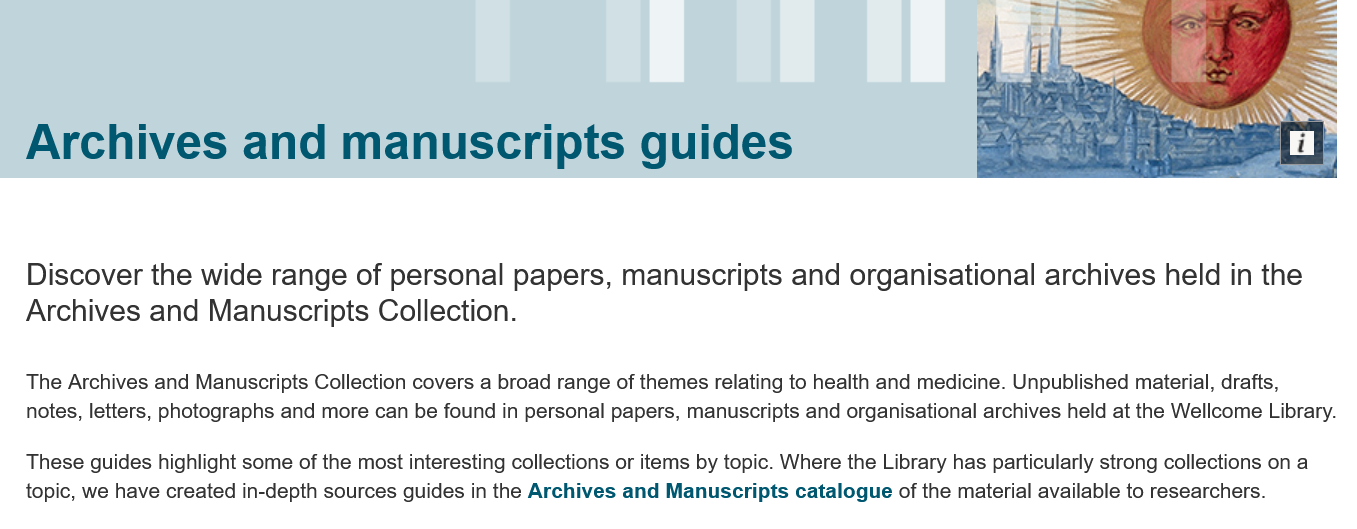
Archives    and    manuscripts    guides
   Discover  the   wide   range   of personal    papers,   manuscripts    and  organisational    archives    held  in the
   Archives    and  Manuscripts    Collection.
   The Archives and Manuscripts Collection covers a broad range of themes relating to health and medicine. Unpublished material, drafts,
   notes, letters, photographs and more can be found in personal papers, manuscripts and organisational archives held at the Wellcome Library.
   These guides highlight some of the most interesting collections or items by topic. Where the Library has particularly strong collections on a
   topic, we have created in-depth sources guides in the Archives and Manuscripts catalogue of the material available to researchers.